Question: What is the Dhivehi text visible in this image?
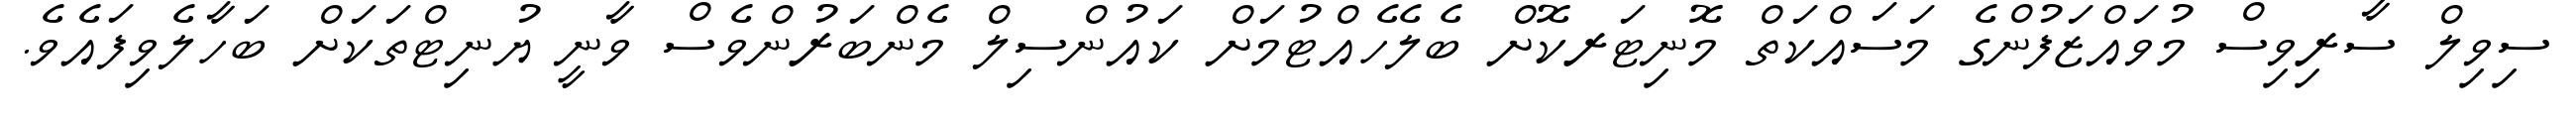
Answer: ސިވިލް ސާރިވިސް މުވައްޒަފުންގެ މަސައްކަތް މޮނިޓަރކޮށް ބެލެހެއްޓުމަށް ކައުންސިލް މެންބަރުންވެސް ވާނީ ޔުނިޓްތަކަށް ބަހާލެވިފައެވެ.